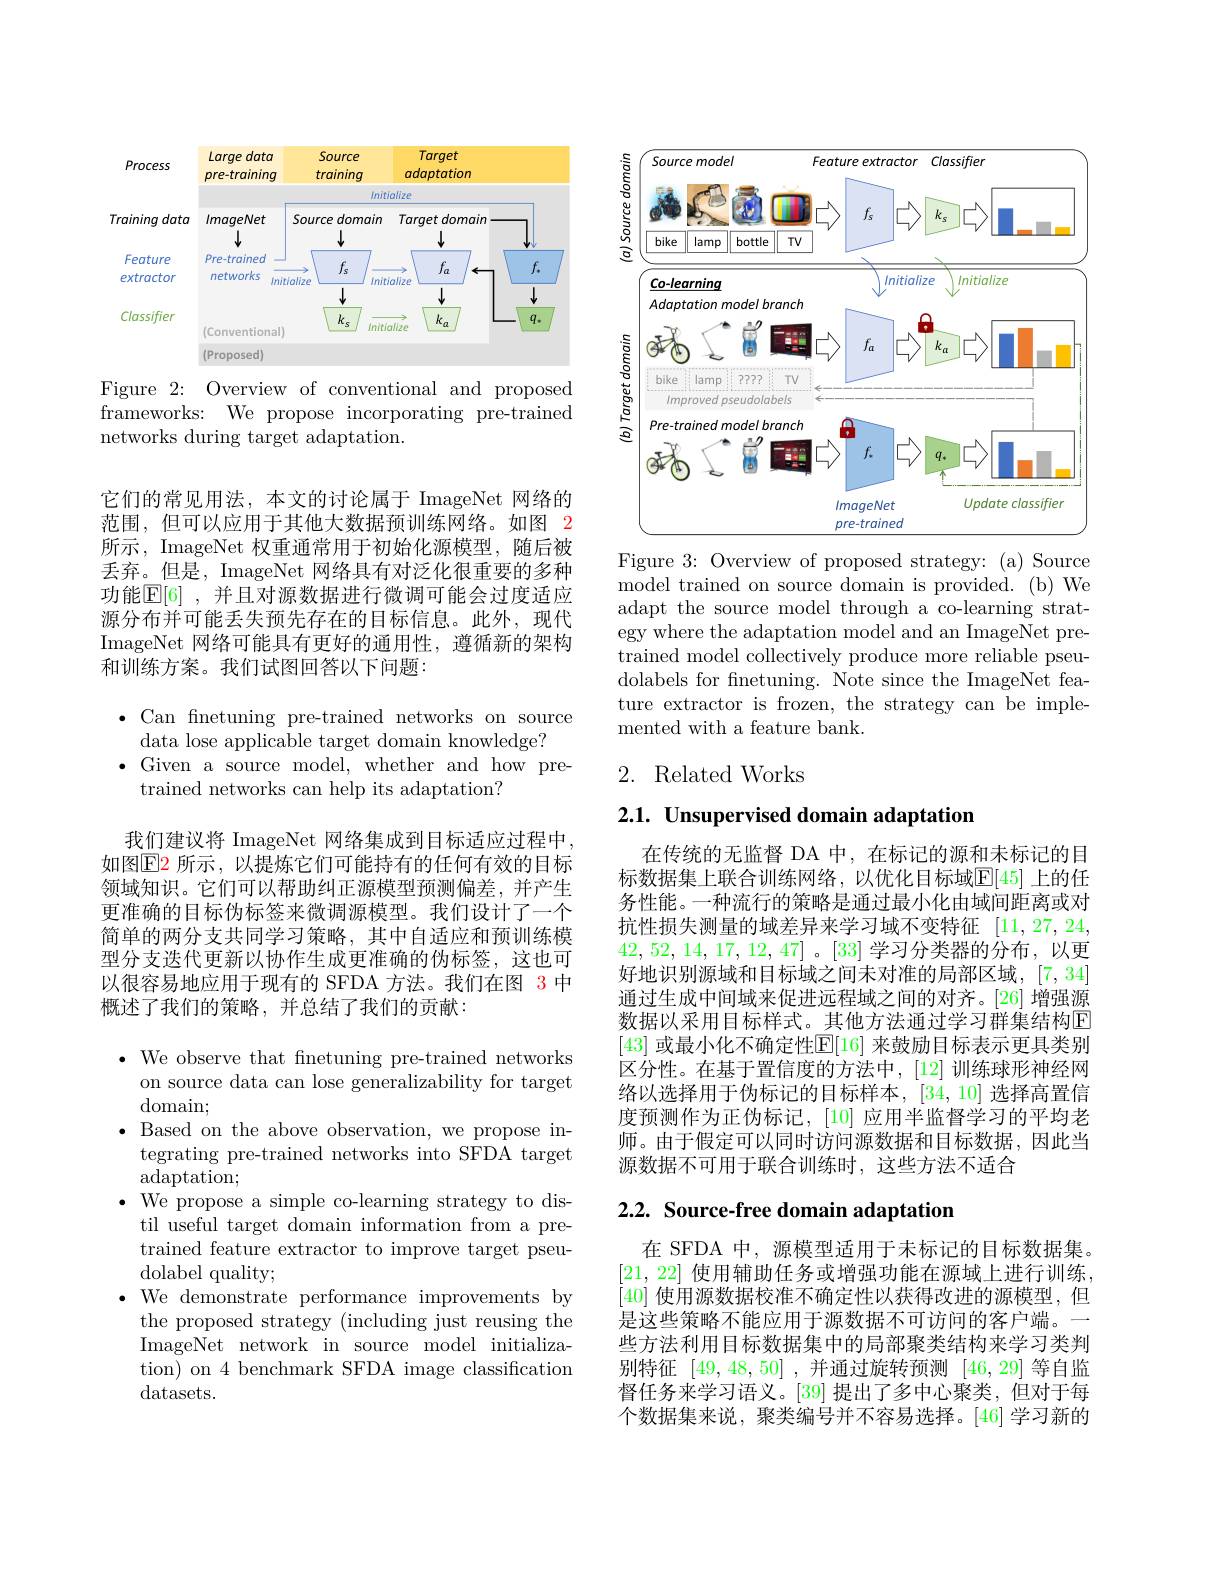
<FigureHere>

Figure 2: Overview of conventional and proposed frameworks: We propose incorporating pre-trained networks during target adaptation.

它们的常见用法，本文的讨论属于 ImageNet 网络的范围，但可以应用于其他大数据预训练网络。如图 2所示，ImageNet 权重通常用于初始化源模型，随后被丢弃。但是，ImageNet 网络具有对泛化很重要的多种功能$\mathbb{E} [ 6]$ ,并且对源数据进行微调可能会过度适应源分布并可能丢失预先存在的目标信息。此外，现代ImageNet 网络可能具有更好的通用性，遵循新的架构和训练方案。我们试图回答以下问题：

$\bullet$Can fnetuning pre-trained networks on source
data lose applicable target domain knowledge?
$\bullet$Given a source model, whether and how pre-
trained networks can help its adaptation?

我们建议将 ImageNet 网络集成到目标适应过程中， 如图$\color{red}{\operatorname*{E2}}$ 所示，以提炼它们可能持有的任何有效的目标领域知识。它们可以帮助纠正源模型预测偏差，并产生更准确的目标伪标签来微调源模型。我们设计了一个简单的两分支共同学习策略，其中自适应和预训练模型分支迭代更新以协作生成更准确的伪标签，这也可以很容易地应用于现有的 SFDA 方法。我们在图 3 中概述了我们的策略，并总结了我们的贡献：

$\bullet$ We observe that fnetuning pre-trained networks
on source data can lose generalizability for target
domain;
$\bullet$ Based on the above observation, we propose in-
tegrating pre-trained networks into SFDA target
adaptation;
$\bullet$ We propose a simple co-learning strategy to distil useful target domain information from a pretrained feature extractor to improve target pseudolabel quality;
$\bullet$ We demonstrate performance improvements by
the proposed strategy (including just reusing the ImageNet network in source model initialization) on 4 benchmark SFDA image classification datasets.

<FigureHere>
Figure 3: Overview of proposed strategy: (a) Source

model trained on source domain is provided. (b) We adapt the source model through a co-learning strategy where the adaptation model and an ImageNet pretrained model collectively produce more reliable pseudolabels for fnetuning. Note since the ImageNet feature extractor is frozen, the strategy can be implemented with a feature bank.

## 2. Related Works

$2. 1. \textbf{ Unsupervised domain adaptation}$

在传统的无监督 DA 中，在标记的源和未标记的目标数据集上联合训练网络，以优化目标域$\mathbb{E}[45]$ 上的任务性能。一种流行的策略是通过最小化由域间距离或对抗性损失测量的域差异来学习域不变特征[11,27,24, 42,52,14,17,12,47]。[33]学习分类器的分布，以更好地识别源域和目标域之间未对准的局部区域，[7,34] 通过生成中间域来促进远程域之间的对齐。[26] 增强源数据以采用目标样式。其他方法通过学习群集结构E [43] 或最小化不确定性$\mathbb{E}[16]$ 来鼓励目标表示更具类别区分性。在基于置信度的方法中，[12]训练球形神经网络以选择用于伪标记的目标样本，[34,10]选择高置信度预测作为正伪标记，[10] 应用半监督学习的平均老师。由于假定可以同时访问源数据和目标数据，因此当源数据不可用于联合训练时，这些方法不适合

## 2.2. Source-free domain adaptation

在 SFDA 中，源模型适用于未标记的目标数据集。[21, 22] 使用辅助任务或增强功能在源域上进行训练[40]使用源数据校准不确定性以获得改进的源模型，但是这些策略不能应用于源数据不可访问的客户端。一些方法利用目标数据集中的局部聚类结构来学习类判别特征[49,48,50] ,并通过旋转预测[46,29]等自监督任务来学习语义。[39] 提出了多中心聚类，但对于每个数据集来说，聚类编号并不容易选择。[46]学习新的